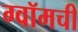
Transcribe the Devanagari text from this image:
ग्वॉमची